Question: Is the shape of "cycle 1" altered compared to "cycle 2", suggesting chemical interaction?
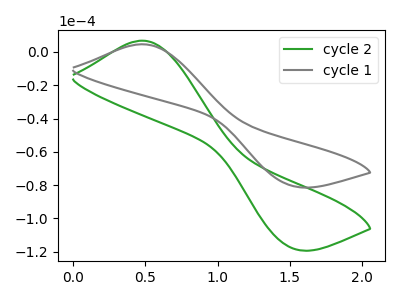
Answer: <think>The green curve "cycle 2" has an anodic peak at (0.50V, 6.75uA) and a cathodic peak at (1.50V, -117.85uA). The gray curve "cycle 1" has an anodic peak at (0.50V, 4.60uA) and a cathodic peak at (1.50V, -80.40uA).
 All the peaks in "cycle 1" have a peak in "cycle 2" at the same potential. Every peak in "cycle 1" is lower than every peak in "cycle 2".</think>
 <answer>No, "cycle 1" and "cycle 2" don't appear to be significantly different in shape</answer>
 <eval>no_change</eval>